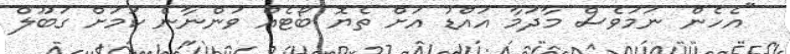
"އެހެން ނަމަވެސް މާދަމާ އައްޑު އަށް ތެޔޮ ބޯޓެއް ވަންނާނެ ކަމަށް ގަބޫލް